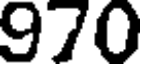
970